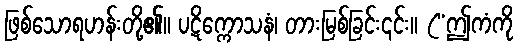
ဖြစ်သောရဟန်းတို့၏။ ပဋိက္ကောသနံ၊ တားမြစ်ခြင်း၎င်း။ (“ဤကံကို